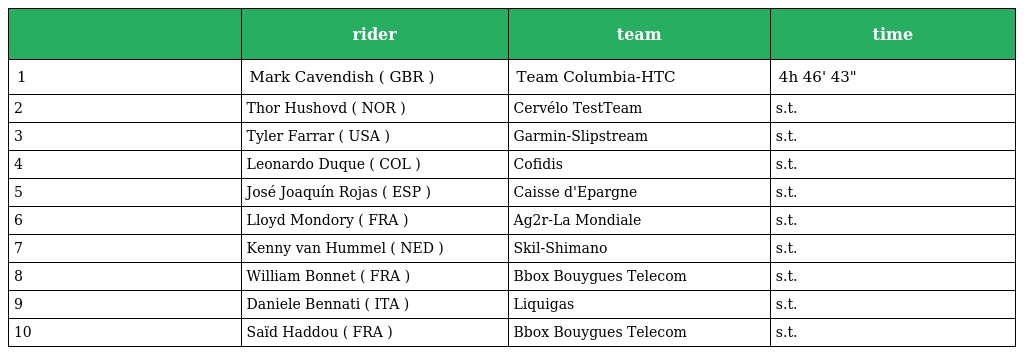
|  | rider | team | time |
 | --- | --- | --- | --- |
 | 1 | Mark Cavendish ( GBR ) | Team Columbia-HTC | 4h 46' 43" |
 | 2 | Thor Hushovd ( NOR ) | Cervélo TestTeam | s.t. |
 | 3 | Tyler Farrar ( USA ) | Garmin-Slipstream | s.t. |
 | 4 | Leonardo Duque ( COL ) | Cofidis | s.t. |
 | 5 | José Joaquín Rojas ( ESP ) | Caisse d'Epargne | s.t. |
 | 6 | Lloyd Mondory ( FRA ) | Ag2r-La Mondiale | s.t. |
 | 7 | Kenny van Hummel ( NED ) | Skil-Shimano | s.t. |
 | 8 | William Bonnet ( FRA ) | Bbox Bouygues Telecom | s.t. |
 | 9 | Daniele Bennati ( ITA ) | Liquigas | s.t. |
 | 10 | Saïd Haddou ( FRA ) | Bbox Bouygues Telecom | s.t. |